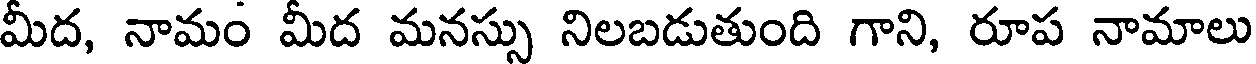
మీద, నామం మీద మనస్సు నిలబడుతుంది గాని, రూప నామాలు